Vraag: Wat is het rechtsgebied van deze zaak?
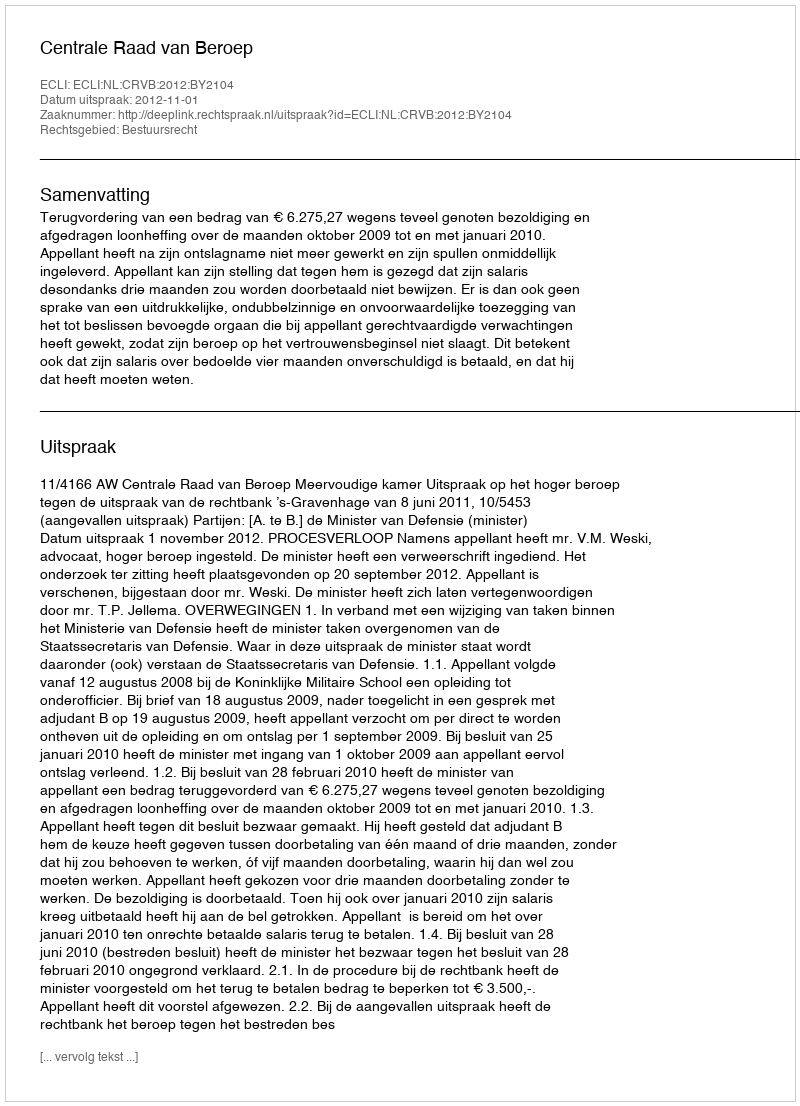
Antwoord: Bestuursrecht